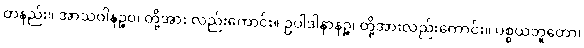
တနည်း။ အာသဝါနဉ္စဝ၊ တို့အား လည်းကောင်း။ ဥပါဒါနာနဉ္စ၊ တို့အားလည်းကောင်း။ ပစ္စယဘူတော၊